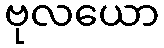
ဗုလယော